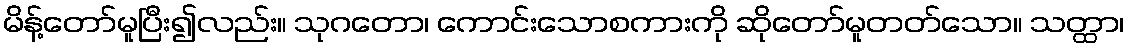
မိန့်တော်မူပြီး၍လည်း။ သုဂတော၊ ကောင်းသောစကားကို ဆိုတော်မူတတ်သော။ သတ္ထာ၊